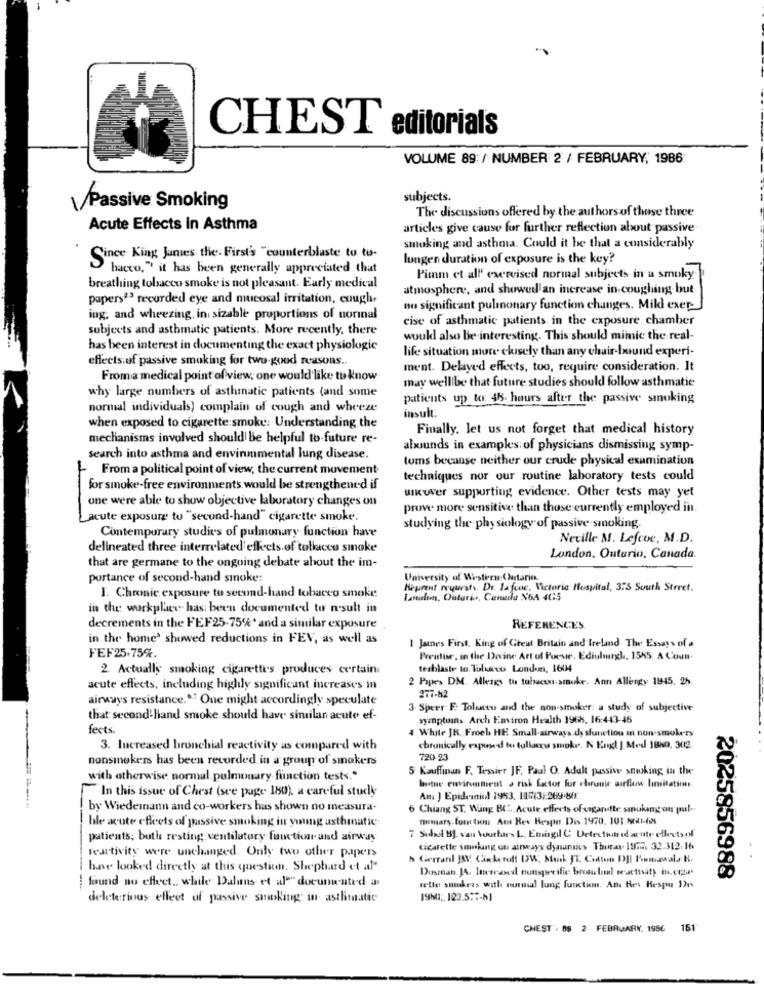
CHEST editorials
VOLUME 89: / NUMBER 2 / FEBRUARY, 1986
subjects.
Passive Smoking
The discussions offered by the authors of those three
Acute Effects in Asthma
articles give cause for further reflection about passive
smoking and asthma. Could it be that a considerably
Since King James the First's "counterblaste to tu-
lungen duration of exposure is the key?
bacco," it has been generally appreciated that
Pimm et all' exercised normal subjects in a smoky
breathing tobacco smoke is not pleasant. Early medical
atmosphere, and showed an increase in coughing but
papers23 recorded eye and mucosal irritation, cough.
no significant pulmonary function changes. Mild exer-
ing; and wheezing, in sizable proportions of normal
cise of asthmatic patients in the exposure chamber
subjects and asthmatic patients. More recently, there
would also be interesting. This should mimic the real-
has been interest in documenting the exact physiologic
life situation more closely than any chair-bound experi-
effects of passive smoking for two-good reasons ..
ment. Delayed effects, too, require consideration. It
From a medical point of view, one would like to know
may welllbe that future studies should follow asthmatic
why large numbers of asthmatic patients (and some
patients up to: 48. hours after the passive smoking
normal individuals) complain of cough and wheeze
insult
when exposed to cigarette smoke: Understanding the
Finally, let us not forget that medical history
mechanisms involved should be helpful to future re-
abounds in examples of physicians dismissing symp-
search into asthma and environmental lung disease.
toms because neither our crude physical examination
From a political point of view, the current movement
techniques nor our routine laboratory tests could
for smoke-free environments would be strengthened if
wwwer supporting evidence. Other tests may yet
one were able to show objective laboratory changes on
prove more sensitive than those currently employed in.
„acute exposure to "second-hand" cigarette smoke.
Contemporary studies of pulmonary function have
studying the physiology of passive smoking.
Neville M. Lefcoc, M.D.
delineated three interrelated effects of tollacce smoke
London, Ontario, Canada
that are germane to the ongoing debate about the im-
portance of second-hand smoke:
University of Western Ontario.
Heprent requests. Dr. lafcoe. Victoria Hospital, 375 South Street.
I. Chronic exposure to second-hand tobacco smoke
Lamelun, Ontario, Canada NOA 4G5
in the workplace has been documented to result in
decrements in the FEF25-75%* and a similar exposure
REFERENCES
in the home' showed reductions in FEV, as well as
1 James First, King of Great Britain and Ireland The Essays of a
FEF25.75%.
Preutue, in the Divine Art of Porsie, Edinburgh, 1545. A Coun.
2. Actually smoking cigarettes produces certain:
tesblaste to. Toluco London, 1604
2 Papes DM. Allengs th tubacon:smoke. Ann Allengy 1945. 2h.
acute effects, including highly significant increases in
airways resistance.º One might accordingly speculate
277-82
3. Speer E. Tolactu and the non-smoker: a study of subjective
that second-hand smoke should have sinrilan acute ef-
symptoms. Arch Environ Health 1968, 16:443-45
fects.
4 White JR, Froeh HH Small-airways dysfunction In non-smokers
3. Increased bronchial reactivity as compared with
chronically exposed to tollanow smoke. N Engl J Med 1820. 302.
nonsmokers has been recorded in a group of smokers
720-23
5 Kauffinan F. Tessier JF. Paul O. Adult passive smoking in the
with otherwise normal pulmonary function tests."
"In this issue of Chest (see page 180), a careful study
heute environment . risk factor for chronic airflow limitation.
Am: ) Epidemiol 1953. 115(3):269.60.
by Wiedemann and co-workers has shown no measura-
6 Chiang ST. Wang BC. Acute effects of vagarotte. smukang ou put -.
mary. fun tion Am Rev Respe Dis 1970. 101.5001-68
ble acute effects of passive smoking in young asthmatic.
patients; buth resting ventilatory function and airway
7 Stdal BJ van bourhis L. Eningl C Detection of acute effects of
Feartivity were unchanged. Only two other papers
cigarette smoking on airways dynamic> Thorax. 199. 32.312: 16
> Cerrarl JKV. Cinketatt DW, Mark J'T. Cotton DJI Pmmawals K.
have looked directly at this question. Shephard et al
Dusmean. JA. Inerrased nonspecific: broschumal sesactivity in.ctZu.
found no effect ,. while Daluns et al"" documented a
2025856988
rette smokers with manual lung function. Am Hes Respu 1)
deleterious elleet of passive smoking; in asthmatic
CHEST', 89 2 FEBRUARY. 1986
161